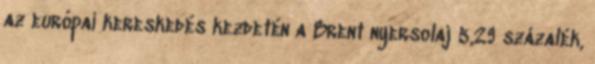
az európai kereskedés kezdetén a Brent nyersolaj 5,29 százalék,